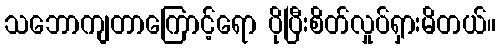
သဘောကျတာကြောင့်ရော ပိုပြီးစိတ်လှုပ်ရှားမိတယ်။